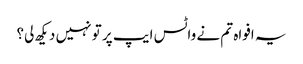
یہ افواہ تم نے واٹس ایپ پر تو نہیں دیکھ لی؟